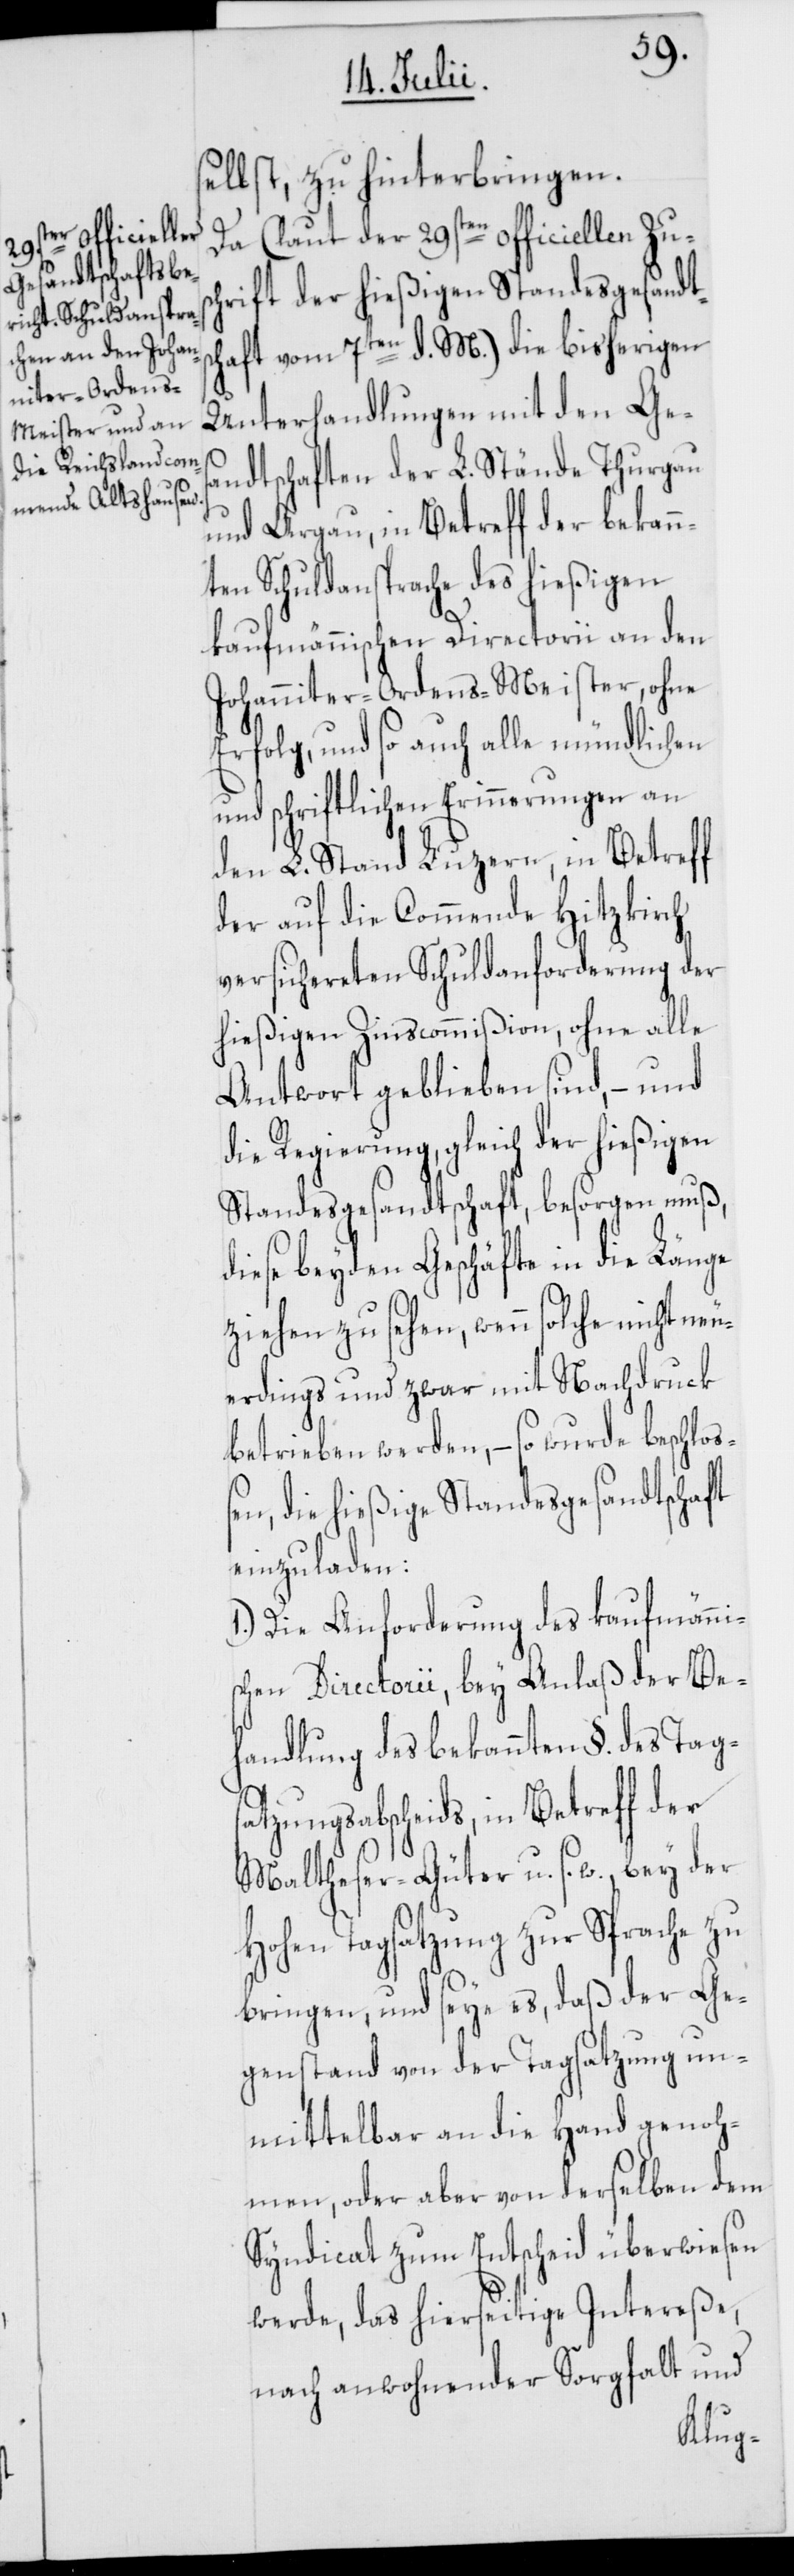
selbst, zu hinterbringen.
Da (laut der 29sten officiellen Zus¬
chrift der hießigen Standesgesandts¬
chaft vom 7ten d. M.) die bisherigen
Unterhandlungen mit den Ges¬
andtschaften der L. Stände Thurgau
und Argau, in Betreff der bekann¬
ten Schuldansprache des hießigen
kaufmännischen Directorii an den
Johanniter-Ordens-Meister, ohne
Erfolg, und so auch alle mündlichen
und schriftlichen Erinnerungen an
den L. Stand Luzern, in Betreff
der auf die Commende Hitzkirch
versichereten Schuldanforderung der
hießigen Zinscommißion, ohne alle
Antwort geblieben sind, – und
die Regierung, gleich der hießigen
Standesgesandtschaft, besorgen muß,
diese beyden Geschäfte in die Länge
ziehen zu sehen, wenn solche nicht neu¬
erdings und zwar mit Nachdruck
betrieben werden, – so wurde beschloß¬
en, die hießige Standesgesandtschaft
einzuladen:
1.) Die Anforderung des kaufmänni¬
schen Directorii, bey Anlaß der Be¬
handlung des bekannten §. des Tagsa¬
tzungsabscheids, in Betreff der
Maltheser-Güter u. s. w., bey der
Hohen Tagsatzung zur Sprache zu
bringen, und seye es, daß der Ge¬
genstand von der Tagsatzung un¬
mittelbar an die Hand genoh¬
men, oder aber von derselben dem
Syndicat zum Entscheid überwiesen
werde, das hierseitige Intereße,
nach anwohnender Sorgfalt und